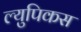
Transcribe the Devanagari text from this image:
ल्युपिकस